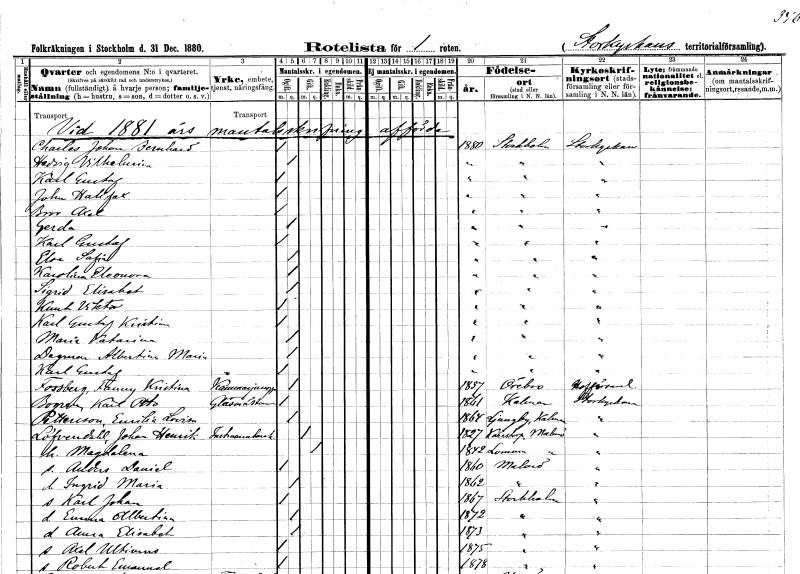
gt_parse: households: individuals: FN: Charles Johan Bernhard
KON: M
CIV: O
FODAR: 1880
FODFORS: Stockholm
FN: Hedvig Vilhelmina
KON: K
CIV: O
FODAR: 1880
FODFORS: Stockholm
FN: Karl Gustaf
KON: M
CIV: O
FODAR: 1880
FODFORS: Stockholm
FN: Johan Hallfax
KON: M
CIV: O
FODAR: 1880
FODFORS: Stockholm
FN: Bror Axel
KON: M
CIV: O
FODAR: 1880
FODFORS: Stockholm
FN: Gerda
KON: K
CIV: O
FODAR: 1880
FODFORS: Stockholm
FN: Karl Gustaf
KON: M
CIV: O
FODAR: 1880
FODFORS: Stockholm
FN: Elsa Sofia
KON: K
CIV: O
FODAR: 1880
FODFORS: Stockholm
FN: Karolina Eleonora
KON: K
CIV: O
FODAR: 1880
FODFORS: Stockholm
FN: Sigrid Elisabet
KON: K
CIV: O
FODAR: 1880
FODFORS: Stockholm
FN: Knut Viktor
KON: M
CIV: O
FODAR: 1880
FODFORS: Stockholm
FN: Karl Gustaf Kristian
KON: M
CIV: O
FODAR: 1880
FODFORS: Stockholm
FN: Maria Katarina
KON: K
CIV: O
FODAR: 1880
FODFORS: Stockholm
FN: Dagmar Albertina Maria
KON: K
CIV: O
FODAR: 1880
FODFORS: Stockholm
FN: Karl Gustaf
KON: M
CIV: O
FODAR: 1880
FODFORS: Stockholm
FN: Fanny Kristina
EN: Fossberg
YRKE: Kammarjungfru
KON: K
CIV: O
FODAR: 1857
FODFORS: Örebro Örebro län
FN: Karl Otto
EN: Bogren
YRKE: Glasmästare
KON: M
CIV: O
FODAR: 1861
FODFORS: Kalmar Kalmar län
FN: Emilia Lovisa
EN: Pettersson
KON: K
CIV: O
FODAR: 1864
FODFORS: Ljungby Kalmar län
FN: Johan Henrik
EN: Löfvendahl
YRKE: Instrumentmakare
KON: M
CIV: G
FODAR: 1827
FODFORS: Kärrstorp Malmöhus län
FN: Magdalena
KON: K
CIV: G
FODAR: 1842
FODFORS: Lomma Malmöhus län
FN: Anders Daniel
KON: M
CIV: O
FODAR: 1860
FODFORS: Malmö Malmöhus län
FN: Ingrid Maria
KON: K
CIV: O
FODAR: 1862
FODFORS: Malmö Malmöhus län
FN: Karl Johan
KON: M
CIV: O
FODAR: 1867
FODFORS: Stockholm
FN: Emma Albertina
KON: K
CIV: O
FODAR: 1872
FODFORS: Stockholm